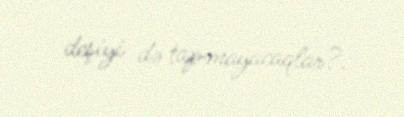
deşiyi də tapmayacaqlar?.